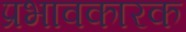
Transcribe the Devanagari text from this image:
प्रभावकारक